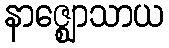
နာဇ္ဈောသာယ